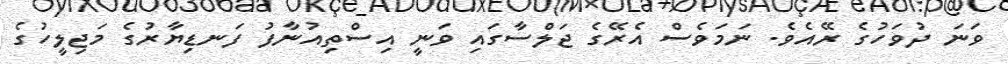
ވަނަ ދުވަހުގެ ރޭއެވެ. ނަމަވެސް އެރޭގެ ޖަލްސާގައި ވަނީ އިސްތިއުނާފު ފަނޑިޔާރުގެ މަޖިލީހުގެ